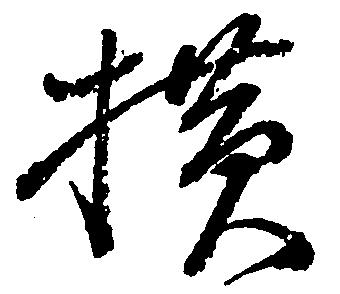
横